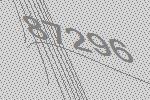
87296